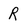
Character: R